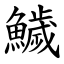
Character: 鱥